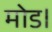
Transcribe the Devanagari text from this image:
मोड।